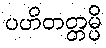
ပဟိတတ္တမ္ပိ